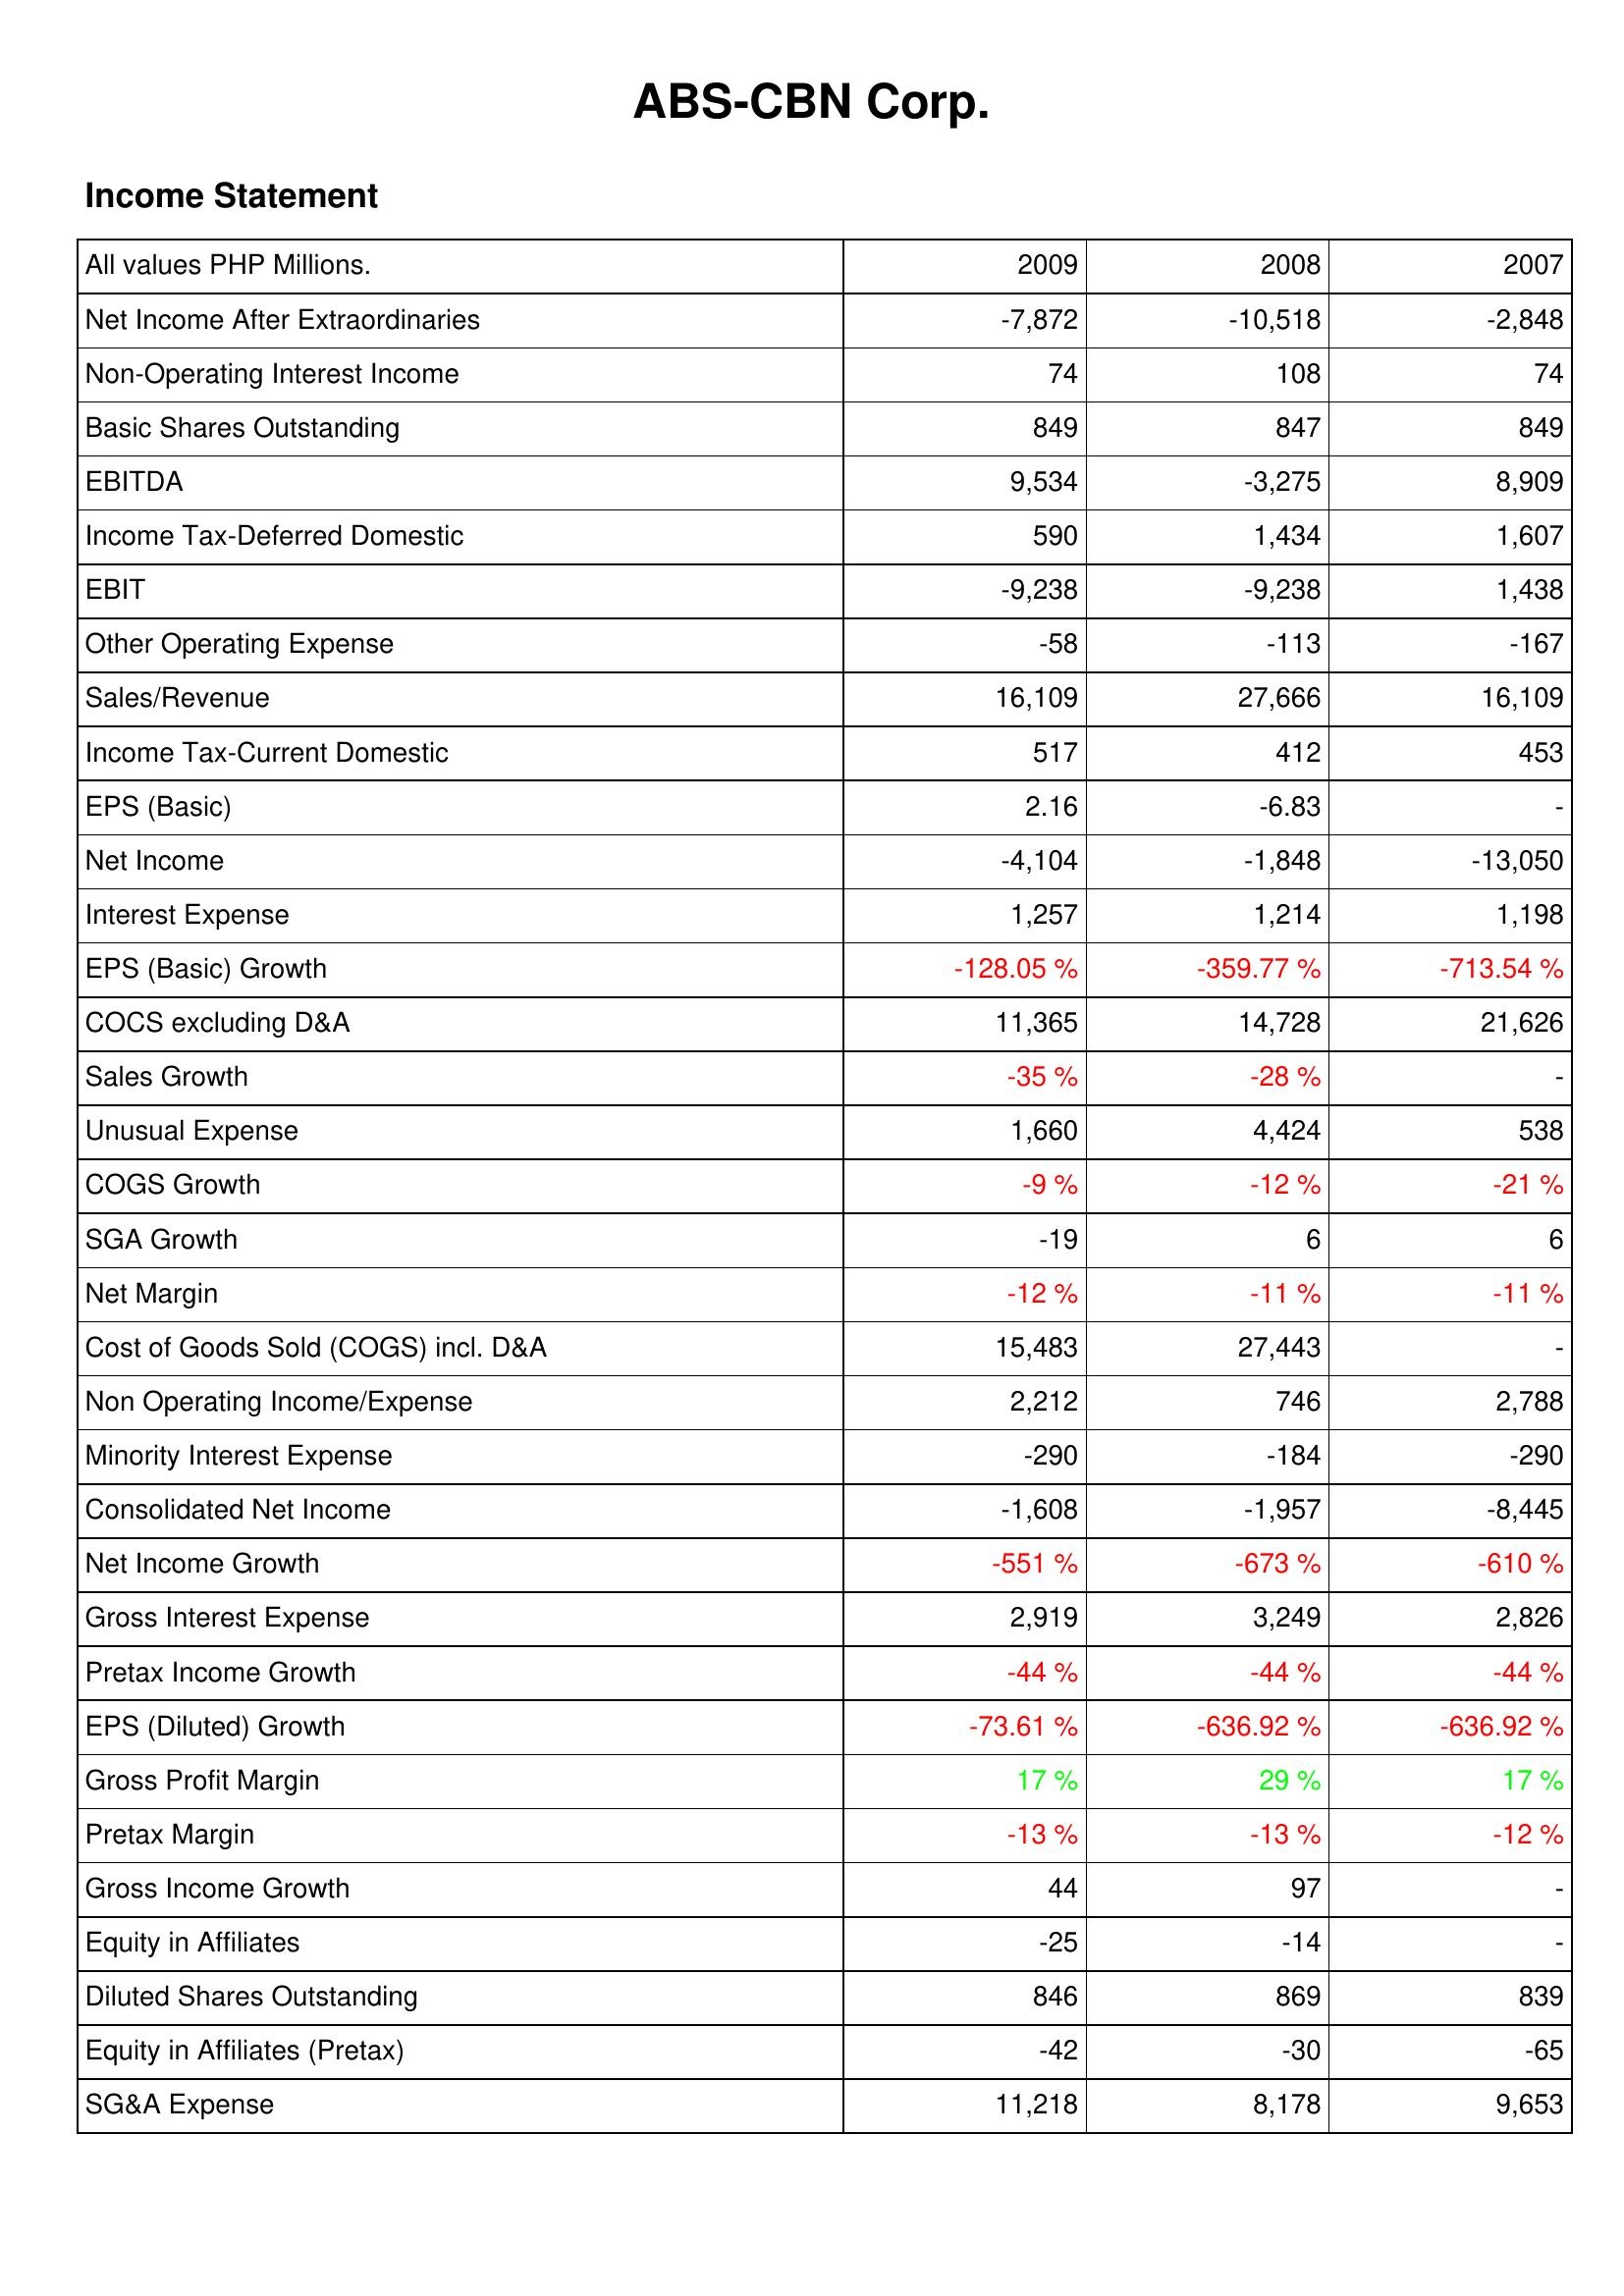
2009: Income Statement: Net Income After Extraordinaries: -7,872
Non-Operating Interest Income: 74
Basic Shares Outstanding: 849
EBITDA: 9,534
Income Tax-Deferred Domestic: 590
EBIT: -9,238
Other Operating Expense: -58
Sales/Revenue: 16,109
Income Tax-Current Domestic: 517
EPS (Basic): 2.16
Net Income: -4,104
Interest Expense: 1,257
EPS (Basic) Growth: -128.05 %
COCS excluding D&A: 11,365
Sales Growth: -35 %
Unusual Expense: 1,660
COGS Growth: -9 %
SGA Growth: -19
Net Margin: -12 %
Cost of Goods Sold (COGS) incl. D&A: 15,483
Non Operating Income/Expense: 2,212
Minority Interest Expense: -290
Consolidated Net Income: -1,608
Net Income Growth: -551 %
Gross Interest Expense: 2,919
Pretax Income Growth: -44 %
EPS (Diluted) Growth: -73.61 %
Gross Profit Margin: 17 %
Pretax Margin: -13 %
Gross Income Growth: 44
Equity in Affiliates: -25
Diluted Shares Outstanding: 846
Equity in Affiliates (Pretax): -42
SG&A Expense: 11,218
2008: Income Statement: Net Income After Extraordinaries: -10,518
Non-Operating Interest Income: 108
Basic Shares Outstanding: 847
EBITDA: -3,275
Income Tax-Deferred Domestic: 1,434
EBIT: -9,238
Other Operating Expense: -113
Sales/Revenue: 27,666
Income Tax-Current Domestic: 412
EPS (Basic): -6.83
Net Income: -1,848
Interest Expense: 1,214
EPS (Basic) Growth: -359.77 %
COCS excluding D&A: 14,728
Sales Growth: -28 %
Unusual Expense: 4,424
COGS Growth: -12 %
SGA Growth: 6
Net Margin: -11 %
Cost of Goods Sold (COGS) incl. D&A: 27,443
Non Operating Income/Expense: 746
Minority Interest Expense: -184
Consolidated Net Income: -1,957
Net Income Growth: -673 %
Gross Interest Expense: 3,249
Pretax Income Growth: -44 %
EPS (Diluted) Growth: -636.92 %
Gross Profit Margin: 29 %
Pretax Margin: -13 %
Gross Income Growth: 97
Equity in Affiliates: -14
Diluted Shares Outstanding: 869
Equity in Affiliates (Pretax): -30
SG&A Expense: 8,178
2007: Income Statement: Net Income After Extraordinaries: -2,848
Non-Operating Interest Income: 74
Basic Shares Outstanding: 849
EBITDA: 8,909
Income Tax-Deferred Domestic: 1,607
EBIT: 1,438
Other Operating Expense: -167
Sales/Revenue: 16,109
Income Tax-Current Domestic: 453
EPS (Basic): -
Net Income: -13,050
Interest Expense: 1,198
EPS (Basic) Growth: -713.54 %
COCS excluding D&A: 21,626
Sales Growth: -
Unusual Expense: 538
COGS Growth: -21 %
SGA Growth: 6
Net Margin: -11 %
Cost of Goods Sold (COGS) incl. D&A: -
Non Operating Income/Expense: 2,788
Minority Interest Expense: -290
Consolidated Net Income: -8,445
Net Income Growth: -610 %
Gross Interest Expense: 2,826
Pretax Income Growth: -44 %
EPS (Diluted) Growth: -636.92 %
Gross Profit Margin: 17 %
Pretax Margin: -12 %
Gross Income Growth: -
Equity in Affiliates: -
Diluted Shares Outstanding: 839
Equity in Affiliates (Pretax): -65
SG&A Expense: 9,653